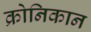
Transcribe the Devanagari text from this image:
क्रोनिकान